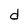
Character: d